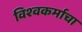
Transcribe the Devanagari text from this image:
विश्‍वकर्माचा